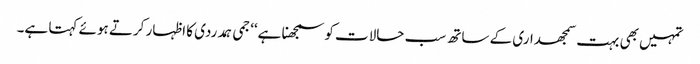
تمہیں بھی بہت سمجھداری کے ساتھ سب حالات کو سمجھنا ہے‘‘ جمی ہمدردی کا اظہار کرتے ہوئے کہتا ہے۔